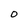
Character: O